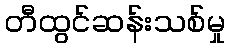
တီထွင်ဆန်းသစ်မှု